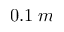
0 . 1 \; m